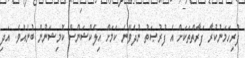
ފުރިހަމަނުކުރާ ފަރާތްތަކަށް އެ ފުރުޞަތު ނުދެވޭނެ ކަމަށް އިލެކްޝަންސް ކޮމިޝަނުން ބުނެއެވެ. އަދި